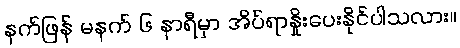
နက်ဖြန် မနက် ၆ နာရီမှာ အိပ်ရာနှိုးပေးနိုင်ပါသလား။